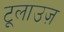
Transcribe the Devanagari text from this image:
टूलाउज़